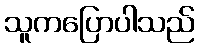
သူကပြောပါသည်